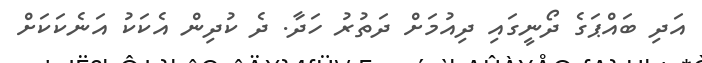
އަދި ބައްޕަގެ ދޯނީގައި ދިއުމަށް ދަތުރު ހަދާ. ދެ ކުދިން އެކަކު އަނެކަކަށް